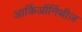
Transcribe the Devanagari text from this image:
आर्किऑर्निथीज़